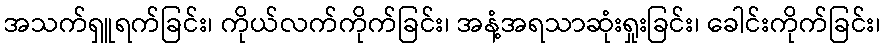
အသက်ရှူရက်ခြင်း၊ ကိုယ်လက်ကိုက်ခြင်း၊ အနံ့အရသာဆုံးရှုးခြင်း၊ ခေါင်းကိုက်ခြင်း၊